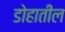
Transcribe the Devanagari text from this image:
डोहातील